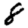
Digit: 8